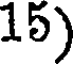
15)